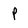
Character: P